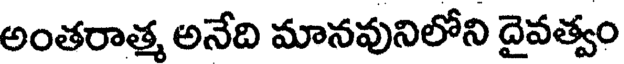
అంతరాత్మ అనేది మానవునిలోని దైవత్వం